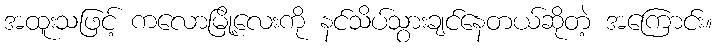
အထူးသဖြင့် ကလောမြို့လေးကို နင်သိပ်သွားချင်နေတယ်ဆိုတဲ့ အကြောင်း။